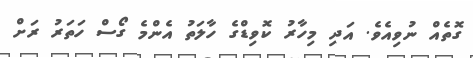
ގޮތެއް ނުވިއެވެ. އަދި މިހާރު ކޮވިޑްގެ ހާލަތު އެންމެ ގޯސް ހަތަރު ރަށް